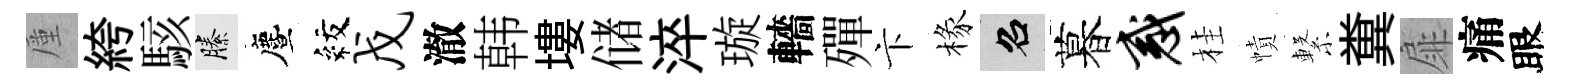
厪絝駭縢󵨌紋戊澈韩塿储淬璇轖殫卞椽召暮惑桂幘繋糞扉痛眼